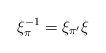
LaTeX: \begin{align*}\xi_{\pi}^{-1}=\xi_{\pi'}\xi \end{align*}